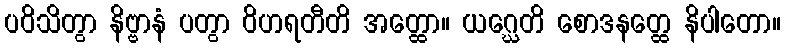
ပဝိသိတွာ နိဗ္ဗာနံ ပတွာ ဝိဟရတီတိ အတ္ထော။ ယဂ္ဃေတိ စောဒနတ္ထေ နိပါတော။